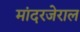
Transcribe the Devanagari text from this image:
मांदरजेराल